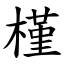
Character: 槿